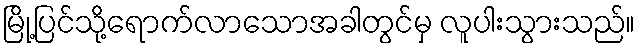
မြို့ပြင်သို့ရောက်လာသောအခါတွင်မှ လူပါးသွားသည်။